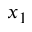
x _ { 1 }